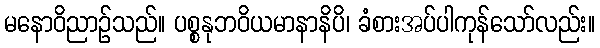
မနောဝိညာဉ်သည်။ ပစ္စနုဘဝိယမာနာနိပိ၊ ခံစားအပ်ပါကုန်သော်လည်း။